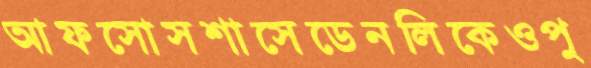
আফসোসশাসেডেনলিকেওপু